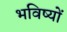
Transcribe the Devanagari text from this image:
भविष्यों